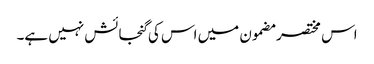
اس مختصر مضمون میں اس کی گنجائش نہیں ہے۔